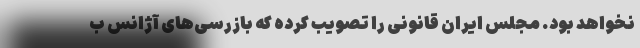
نخواهد بود. مجلس ایران قانونی را تصویب کرده که بازرسی‌های آژانس ب